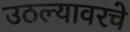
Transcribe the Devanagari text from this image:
उठल्यावरचे